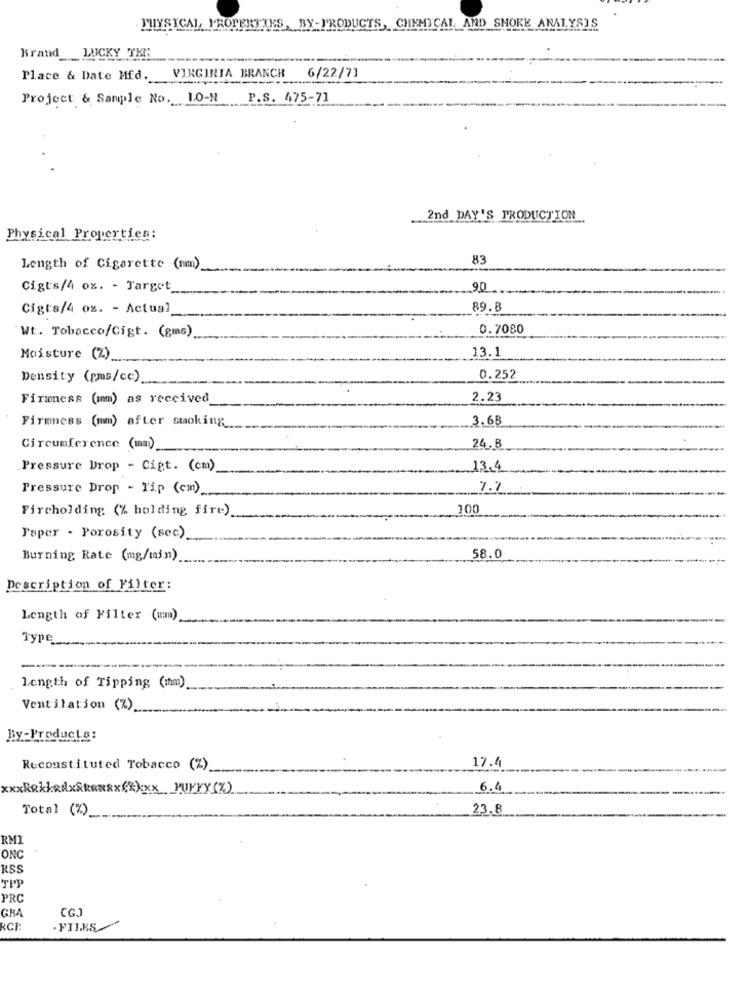
PHYSICAL PROPERTIES, BY-PRODUCTS, CHEMICAL AND SMOKE ANALYSIS
Brand LUCKY THE
Place & Date Mfd. VIRGINIA BRANCH
6/22/71
Project: & Sample No. LO-N
P.S. 475-71
2nd DAY'S PRODUCTION
Physical Properties:
83
Length of Cigarette (nm)_
Cigts/4 oz. - Target_
90
Cigts/4 oz. - Actual
89.8
0.7080
Wt. Tobacco/Cigt. (gms)
13.1
Moisture (%)_
Density (gms/cc)
0.252
Firmmess (mm) as received
2.23
Firmness (mm) after smoking
3.68
Circumference (mm)_
24. B
Pressure Drop - Cigt. (cm)
13.4
Pressure Drop - Tip (cm)
7.7
Fircholding (% holding fire)
100
Paper - Porosity (sec)
Burning Rate (mg/min)
58.0
Description of Filter:
Length of Filter (mm)
Type_
-
length of Tipping (mm)
Ventilation (%).
By-Products:
17.4
Reconstituted Tobacco (%).
6.4
Total (%).
23.8
ONC
RSS
TPP
PRC
GRA
CGJ
RCI:
- FILES